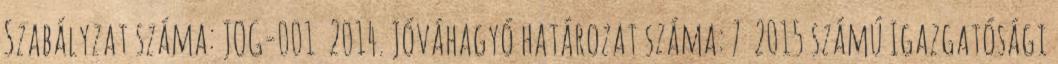
Szabályzat száma: JOG-001 2014. Jóváhagyó határozat száma: 7 2015 számú Igazgatósági